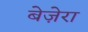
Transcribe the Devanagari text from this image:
बेज़ेरा